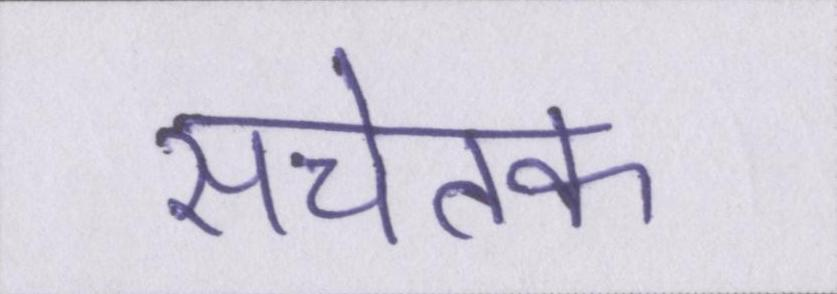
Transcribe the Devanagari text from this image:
सचेतक